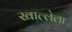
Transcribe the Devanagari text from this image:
खाल्लेला